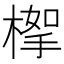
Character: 𣖹